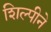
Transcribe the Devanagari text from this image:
शिल्पीने